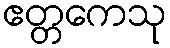
ဧတ္တကေသု